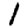
Digit: 1